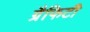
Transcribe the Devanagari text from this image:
ग्रैफिटी